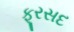
ફૂરસદ